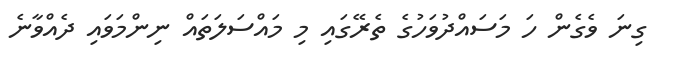
ގިނަ ވެގެން ހަ މަސައްދުވަހުގެ ތެރޭގައި މި މައްސަލަތައް ނިންމަވައި ދެއްވާނެ